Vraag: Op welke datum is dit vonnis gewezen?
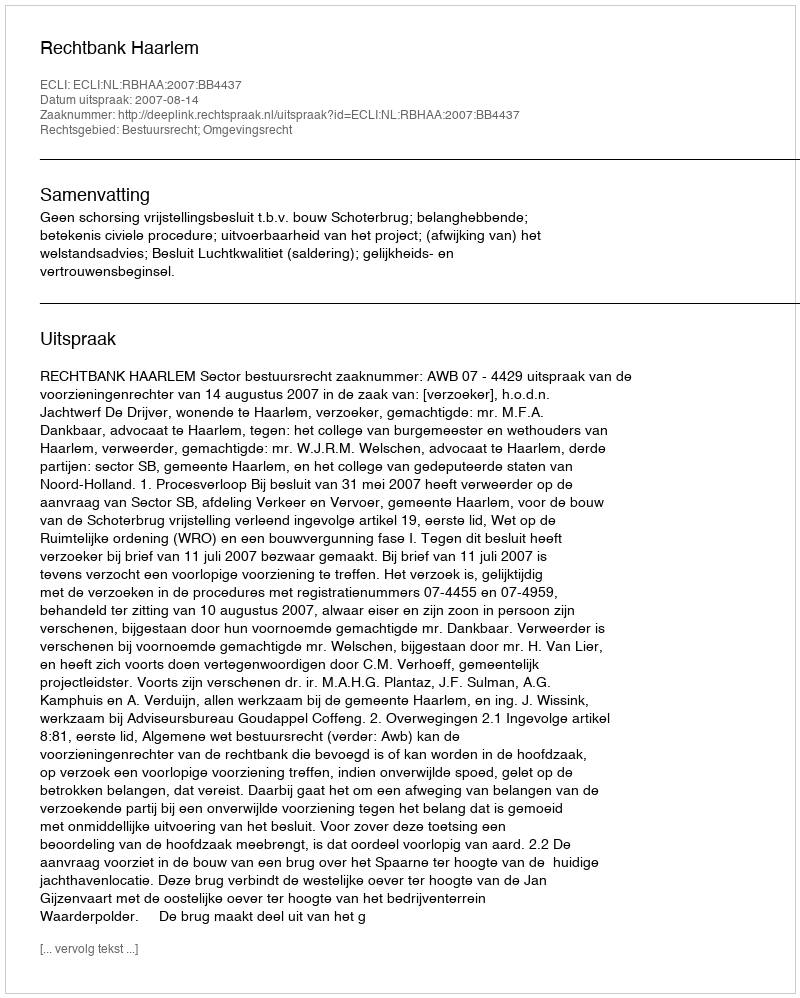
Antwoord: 2007-08-14